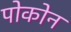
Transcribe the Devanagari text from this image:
पोकोन